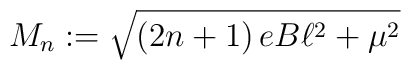
M_{n}:=\sqrt{\left( 2n+1\right) eB\ell ^{2}+\mu ^{2}}